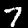
Digit: 7